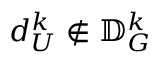
d _ { U } ^ { k } \notin \mathbb { D } _ { G } ^ { k }